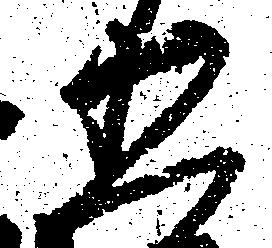
五